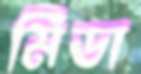
মিডা